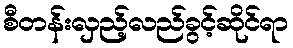
စီတန်းလှည့်လည်ခွင့်ဆိုင်ရာ